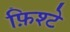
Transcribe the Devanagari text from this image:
फ़िश्टे